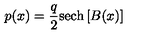
p ( x ) = { \frac { q } { 2 } } \mathrm { s e c h } \left[ B ( x ) \right]